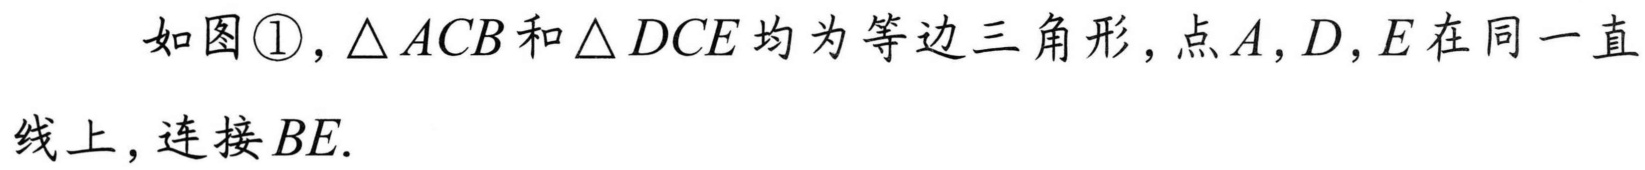
如图\textcircled{1},$\triangle ACB$和$\triangle DCE$均为等边三角形,点$A,D,E$在同一直线上,连接$BE$.